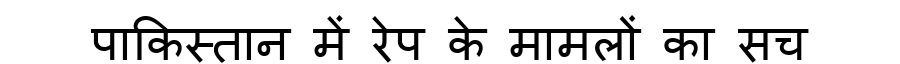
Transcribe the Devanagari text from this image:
पाकिस्तान में रेप के मामलों का सच